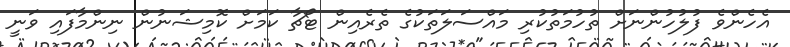
އެހެންވެ ފުލުހުންނަށް ތުހުމަތުކުރި މައްސަލަތަކުގެ ތެރެއިން ޓޯޗާ ކަމަށް ކޮމިޝަނުން ނިންމާފައި ވަނީ